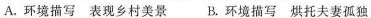
A.环境描写 表现乡村美景 B.环境描写 烘托夫妻孤独